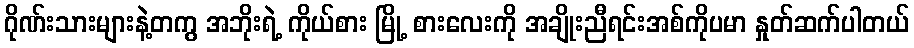
ဂိုဏ်းသားများနဲ့တကွ အဘိုးရဲ့ ကိုယ်စား မြို့ စားလေးကို အချိုးညီရင်းအစ်ကိုပမာ နှုတ်ဆက်ပါတယ်